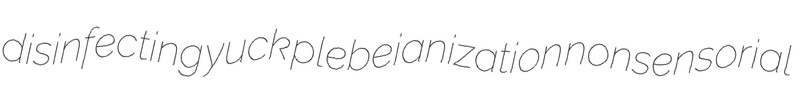
disinfecting yuck plebeianization nonsensorial